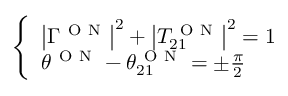
\left\{ \begin{array} { l } { \left| \Gamma ^ { \mathrm { ~ O ~ N ~ } } \right| ^ { 2 } + \left| T _ { 2 1 } ^ { \mathrm { ~ O ~ N ~ } } \right| ^ { 2 } = 1 } \\ { \theta ^ { \mathrm { ~ O ~ N ~ } } - \theta _ { 2 1 } ^ { \mathrm { ~ O ~ N ~ } } = \pm \frac { \pi } { 2 } } \end{array} \right.